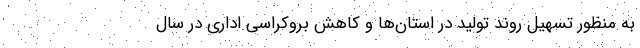
به منظور تسهیل روند تولید در استان‌ها و کاهش بروکراسی اداری در سال